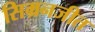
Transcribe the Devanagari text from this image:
सिम्रनजीत